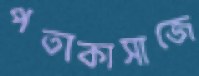
পতাকাসাজে